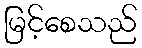
မြင့်စေသည်